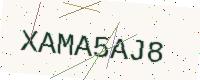
Text: XAMA5AJ8